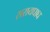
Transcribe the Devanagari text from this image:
सरायघाघ